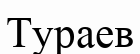
Тураев